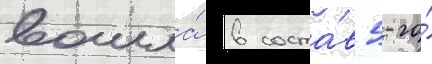
вошла́ в соста́в 5-го́